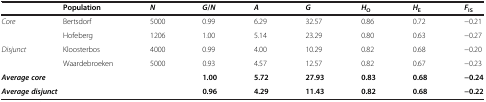
|  | Population | N | G/N | A | G | HO | HE | FIS |
 | --- | --- | --- | --- | --- | --- | --- | --- | --- |
 | <ROWSPAN=2> Core | Bertsdorf | 5000 | 0.99 | 6.29 | 32.57 | 0.86 | 0.72 | -0.21 |
 | Hofeberg | 1206 | 1.00 | 5.14 | 23.29 | 0.80 | 0.63 | -0.27 |
 | <ROWSPAN=2> Disjunct | Kloosterbos | 4000 | 0.99 | 4.00 | 10.29 | 0.82 | 0.68 | -0.20 |
 | Waardebroeken | 5000 | 0.93 | 4.57 | 12.57 | 0.82 | 0.67 | -0.23 |
 | <COLSPAN=2> Average core |  | 1.00 | 5.72 | 27.93 | 0.83 | 0.68 | -0.24 |
 | <COLSPAN=2> Average disjunct |  | 0.96 | 4.29 | 11.43 | 0.82 | 0.68 | -0.22 |